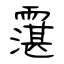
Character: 霮